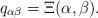
LaTeX: \begin{align*} q_{\alpha\beta} &= \Xi(\alpha,\beta).\end{align*}